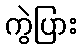
ကွဲပြား